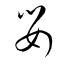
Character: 嬰